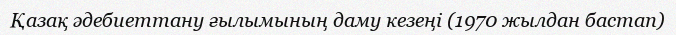
Қазақ әдебиеттану ғылымының даму кезеңі (1970 жылдан бастап)